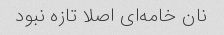
نان خامه‌ای اصلا تازه نبود